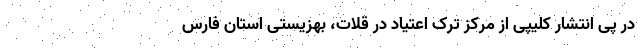
در پی انتشار کلیپی از مرکز ترک اعتیاد در قلات، بهزیستی استان فارس